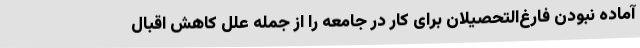
آماده نبودن فارغ‌التحصیلان برای کار در جامعه را از جمله علل کاهش اقبال